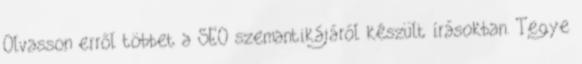
Olvasson erről többet a SEO szemantikájáról készült írásokban. Tegye